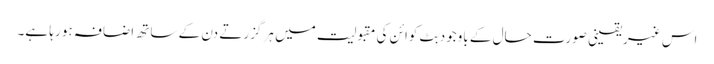
اس غیریقینی صورت حال کے باوجود بِٹ کوائن کی مقبولیت میں ہر گزرتے دن کے ساتھ اضافہ ہو رہا ہے۔